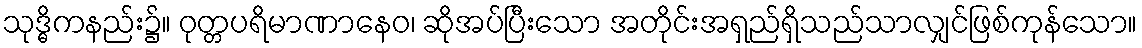
သုဒ္ဓိကနည်း၌။ ဝုတ္တပရိမာဏာနေဝ၊ ဆိုအပ်ပြီးသော အတိုင်းအရှည်ရှိသည်သာလျှင်ဖြစ်ကုန်သော။